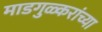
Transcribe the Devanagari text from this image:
माडगुळ्करांच्या